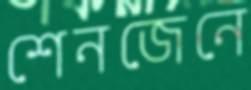
শেনজেনে